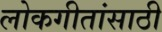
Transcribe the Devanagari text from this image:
लोकगीतांसाठी